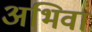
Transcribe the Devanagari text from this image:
अभिवा